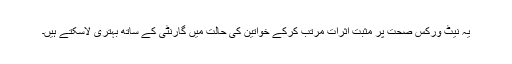
یہ نیٹ ورکس صحت پر مثبت اثرات مرتب کرکے خواتین کی حالت میں گارنٹی کے ساتھ بہتری لاسکتے ہیں۔